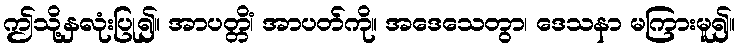
ဤသို့နှလုံးပြု၍။ အာပတ္တိံ၊ အာပတ်ကို။ အဒေသေတွာ၊ ဒေသနာ မကြားမူ၍။